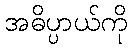
အဓိပ္ပာယ်ကို